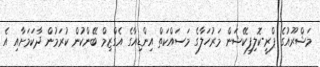
މަޝްރޫއުގެ ޕްރީ-ކޮލިފިކޭޝަން މަރުހަލާގެ މަސައްކަތް އިންޑިއާގެ އެގްޒިމް ބޭންކުން ކުރަމުން ދާކަމަށާއި އެ